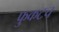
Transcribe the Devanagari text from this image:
फुकटच